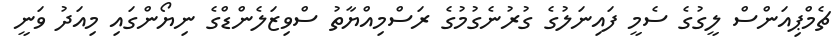
ޗެމްޕިއަންސް ލީގުގެ ސެމީ ފައިނަލުގެ ގުރުނެގުމުގެ ރަސްމިއްޔާތު ސްވިޒަލެންޑްގެ ނިޔޯންގައި މިއަދު ވަނީ